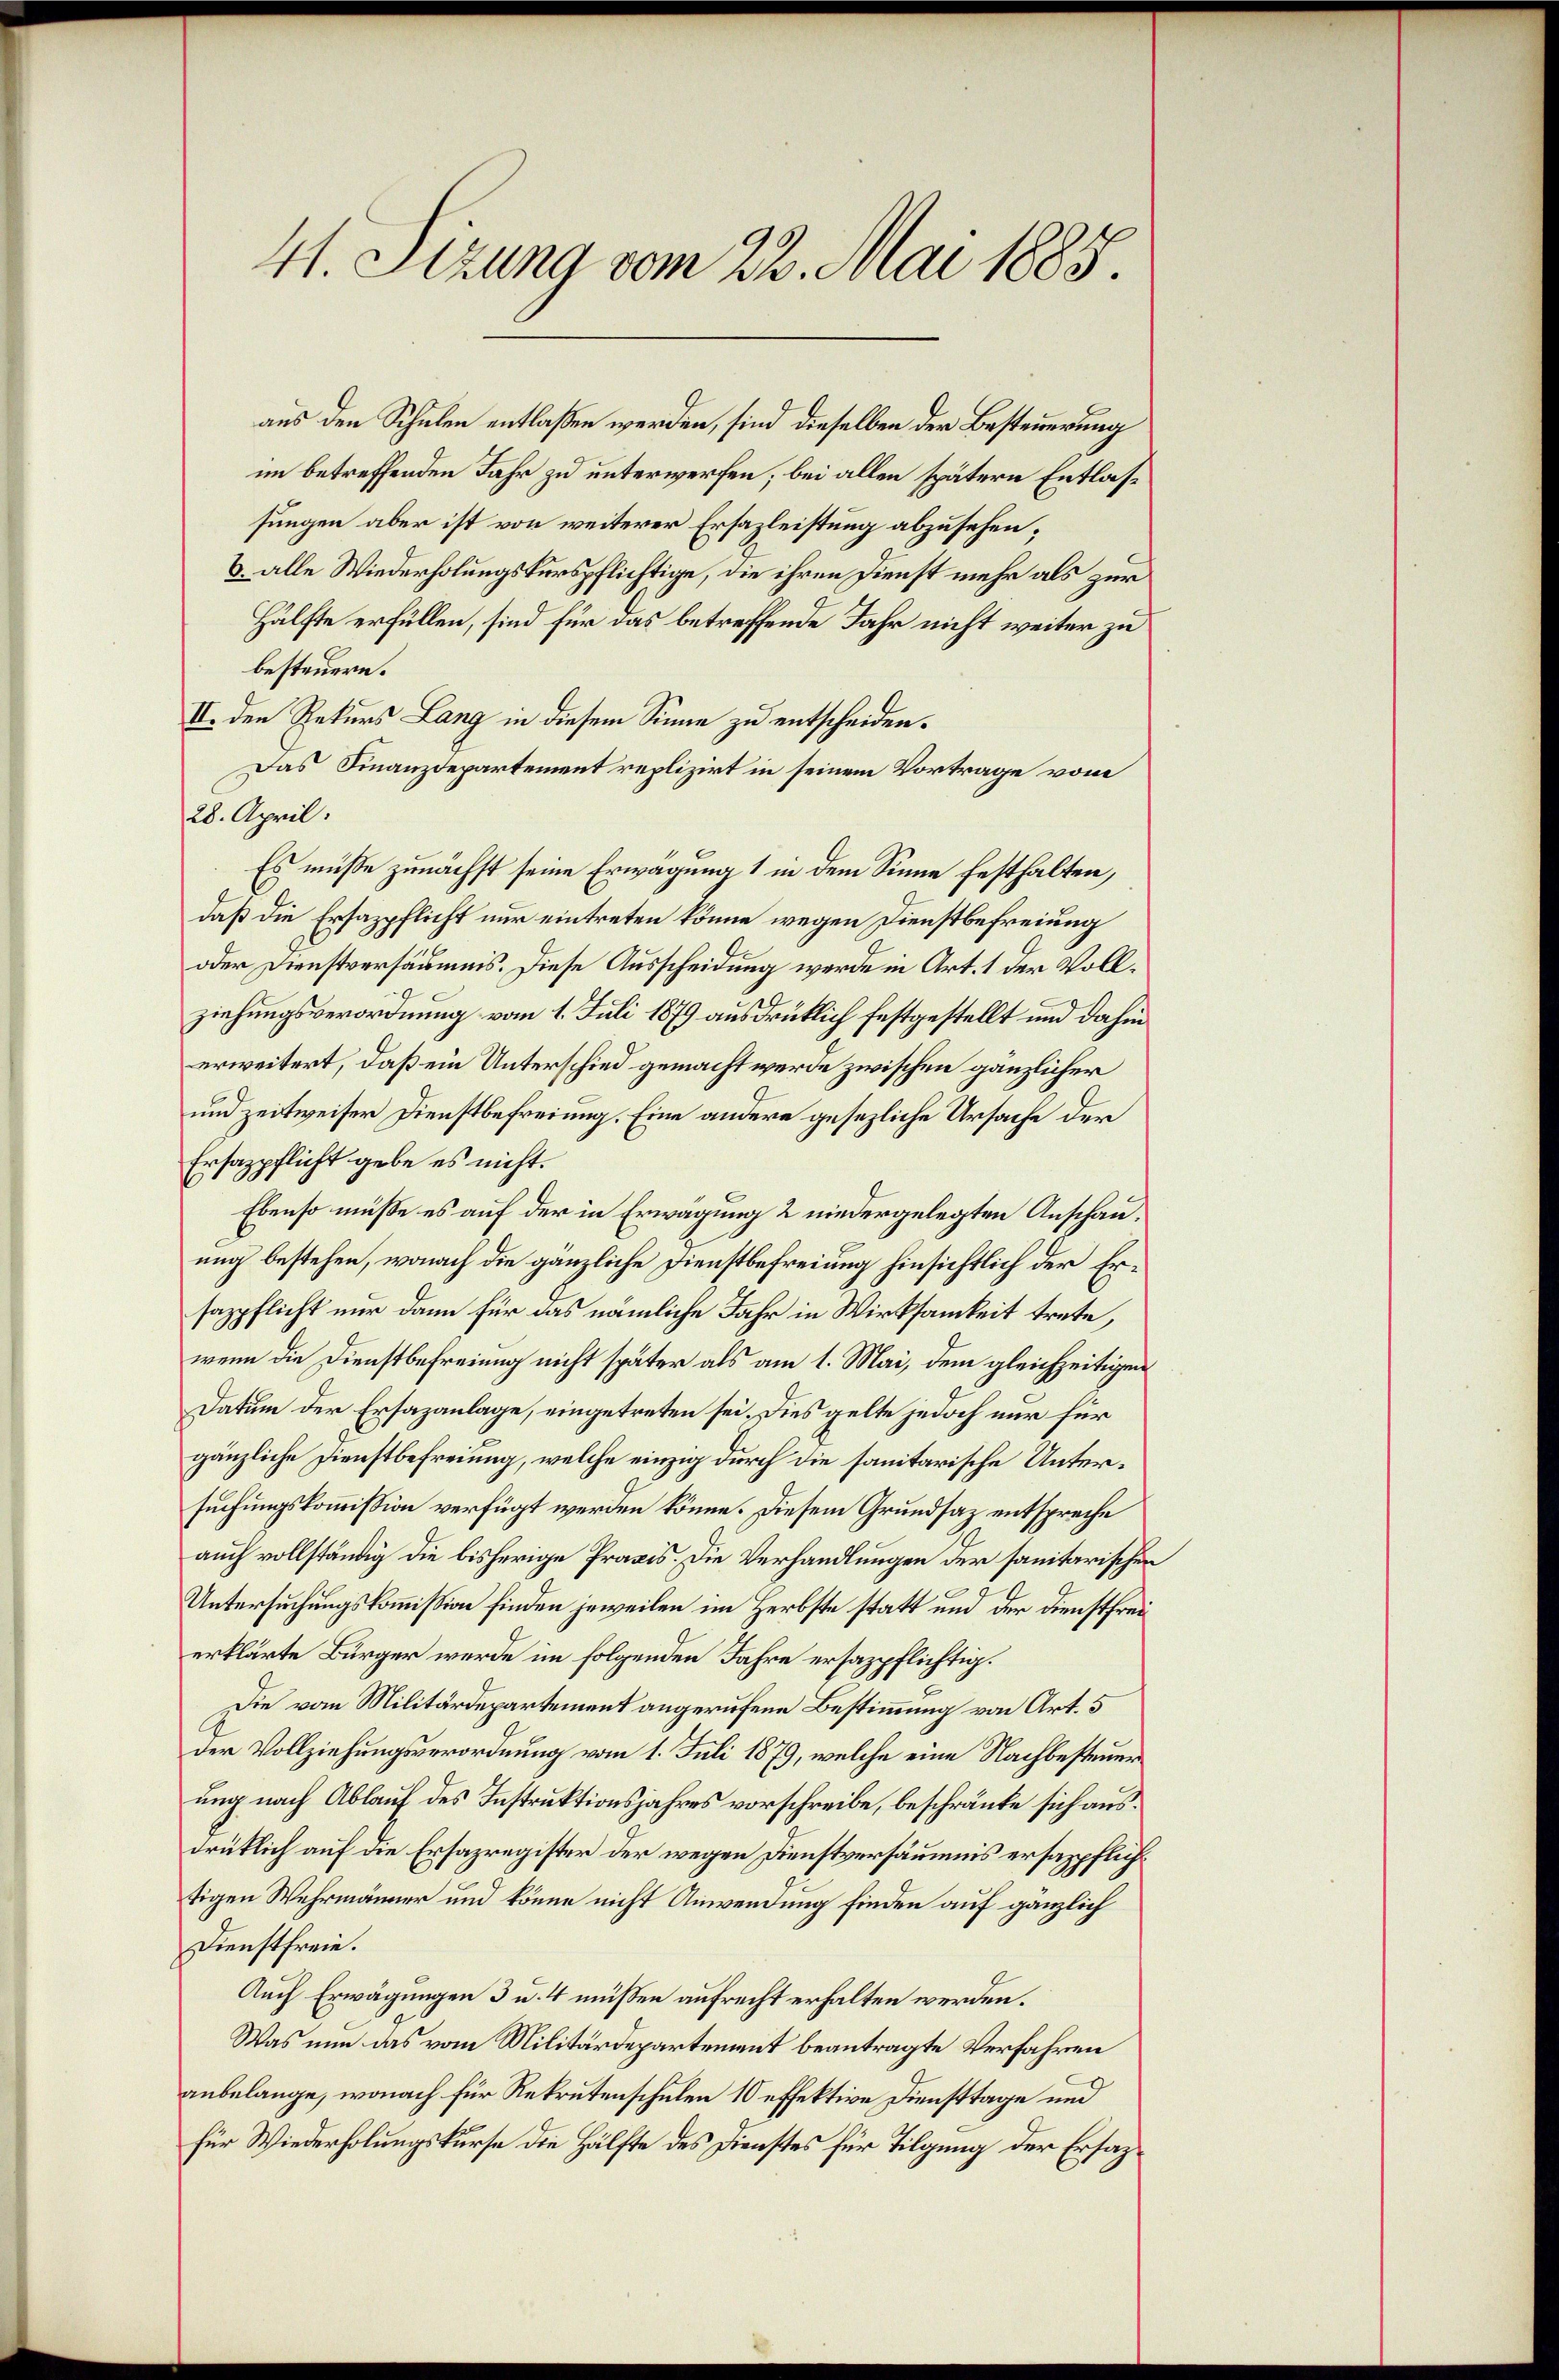
41. Sizung vom 22. Mai 1885.

aus den Schulen entlassen werden, sind dieselben der Besteuerung
im betreffenden Jahr zu unterwerfen; bei allen spätern Entlassungen aber ist von weiterer Ersazleistung abzusehen,
V. alle Wiederholungskurspflichtige, die ihren Dienst mehr als zur
Hälfte erfüllen, sind für das betreffende Jahr nicht weiter zu
besteuern.
II. den Rekurs Lang in diesem Sinne zu entscheiden.
Das Finanzdepartement replizirt in seinem Vortrage vom
28. April.
Es müsse zunächst seine Erwägung 1 in dem Sinne festhalten,
daß die Ersazpflicht nur eintreten könne wegen Dienstbefreiung
oder Dienstversäumnis. Diese Ausscheidung werde in Art. 1 der Vollziehungsverordnung vom 1. Juli 1879 ausdrücklich festgestellt und dahin
erweitert, daß ein Unterschied gemacht werde zwischen gänzlicher
und zeitweiser Dienstbefreiung. Eine andere gesezliche Ursache der
Ersazpflicht gebe es nicht.
.
Ebenso müsse es auf der in Erwägung 2 niedergelegten Anschauung bestehen, wonach die gänzliche Dienstbefreiung hinsichtlich der Ersazpflicht nur dann für das nämliche Jahr in Wirksamkeit trete,
wenn die Dienstbefreiung nicht später als am 1. Mai, dem gleichzeitigen
Datum der Ersazanlage, eingetreten sei. Dies gelte jedoch nur für
gänzliche Dienstbefreiung, welche einzig durch die sanitarische Untersuchungskommißion verfügt werden könne. Diesem Grundsaz entspreche
auch vollständig die bisherige Praxis. Die Verhandlungen der sanitarischen
Untersuchungskommißion finden jeweilen im Herbste statt und der Dienstfrei
erklärte Bürger werde im folgenden Jahre ersazpflichtig.
Die vom Militärdepartement angerufene Bestimmung von Art. 5
der Vollziehungsverordnung vom 1. Juli 1879, welche eine Nachbesteuerung nach Ablauf des Instruktionsjahres vorschreibe, beschränke sich ausdrüklich auf die Ersazregister der wegen Dienstversäumnis ersazpflichs
tigen Wehrmänner und könne nicht Anwendung finden auf gänzlich
Dienstfreie.
Auch Erwägungen 3 u. 4 müssen aufrecht erhalten werden.
Was nun das vom Militärdepartement beantragte Verfahren
anbelange, wonach für Rekrutenschulen 10 effektive Diensttage und
für Wiederholungskurse die Hälfte des Dienstes für Tilgung der Ersatz¬